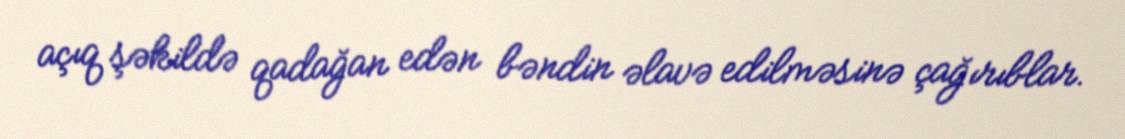
açıq şəkildə qadağan edən bəndin əlavə edilməsinə çağırıblar.